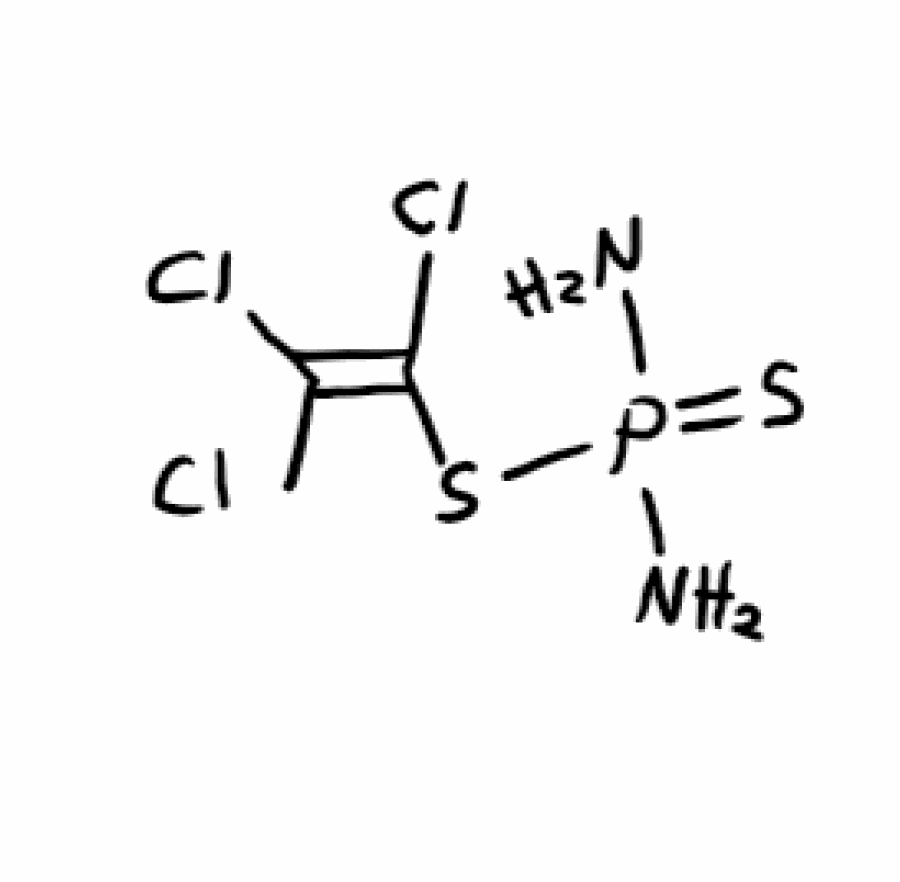
Simplified molecular-input line-entry system (SMILES) notation of the given molecule:
C(=C(Cl)Cl)(SP(=S)(N)N)Cl